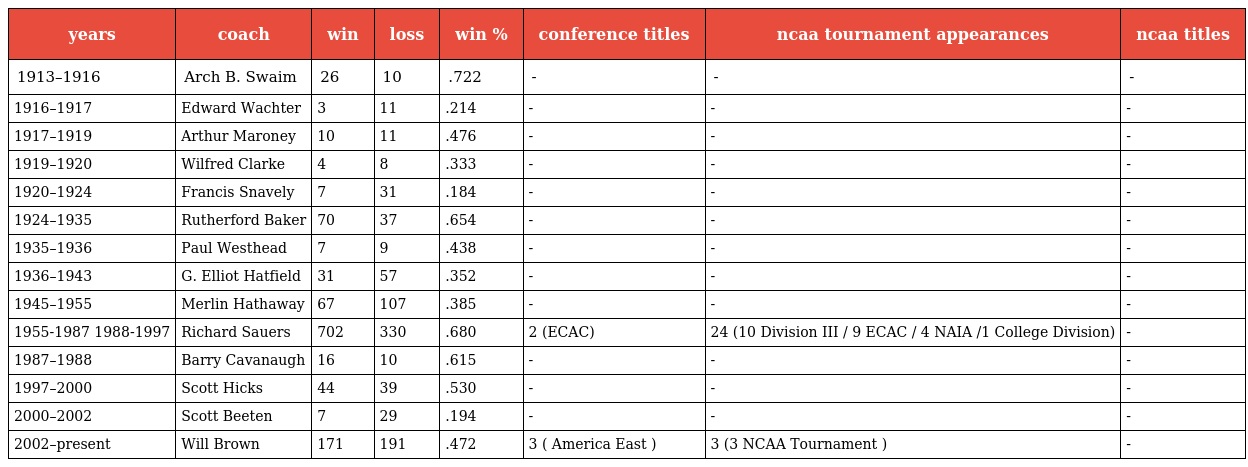
| years | coach | win | loss | win % | conference titles | ncaa tournament appearances | ncaa titles |
 | --- | --- | --- | --- | --- | --- | --- | --- |
 | 1913–1916 | Arch B. Swaim | 26 | 10 | .722 | - | - | - |
 | 1916–1917 | Edward Wachter | 3 | 11 | .214 | - | - | - |
 | 1917–1919 | Arthur Maroney | 10 | 11 | .476 | - | - | - |
 | 1919–1920 | Wilfred Clarke | 4 | 8 | .333 | - | - | - |
 | 1920–1924 | Francis Snavely | 7 | 31 | .184 | - | - | - |
 | 1924–1935 | Rutherford Baker | 70 | 37 | .654 | - | - | - |
 | 1935–1936 | Paul Westhead | 7 | 9 | .438 | - | - | - |
 | 1936–1943 | G. Elliot Hatfield | 31 | 57 | .352 | - | - | - |
 | 1945–1955 | Merlin Hathaway | 67 | 107 | .385 | - | - | - |
 | 1955-1987 1988-1997 | Richard Sauers | 702 | 330 | .680 | 2 (ECAC) | 24 (10 Division III / 9 ECAC / 4 NAIA /1 College Division) | - |
 | 1987–1988 | Barry Cavanaugh | 16 | 10 | .615 | - | - | - |
 | 1997–2000 | Scott Hicks | 44 | 39 | .530 | - | - | - |
 | 2000–2002 | Scott Beeten | 7 | 29 | .194 | - | - | - |
 | 2002–present | Will Brown | 171 | 191 | .472 | 3 ( America East ) | 3 (3 NCAA Tournament ) | - |